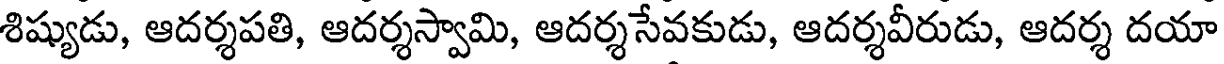
శిష్యుడు, ఆదర్శపతి, ఆదర్శస్వామి, ఆదర్శసేవకుడు, ఆదర్శవీరుడు, ఆదర్శ దయా